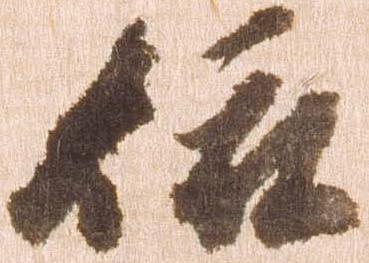
依